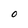
Character: O